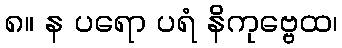
၈။ န ပရော ပရံ နိကုဗ္ဗေထ၊